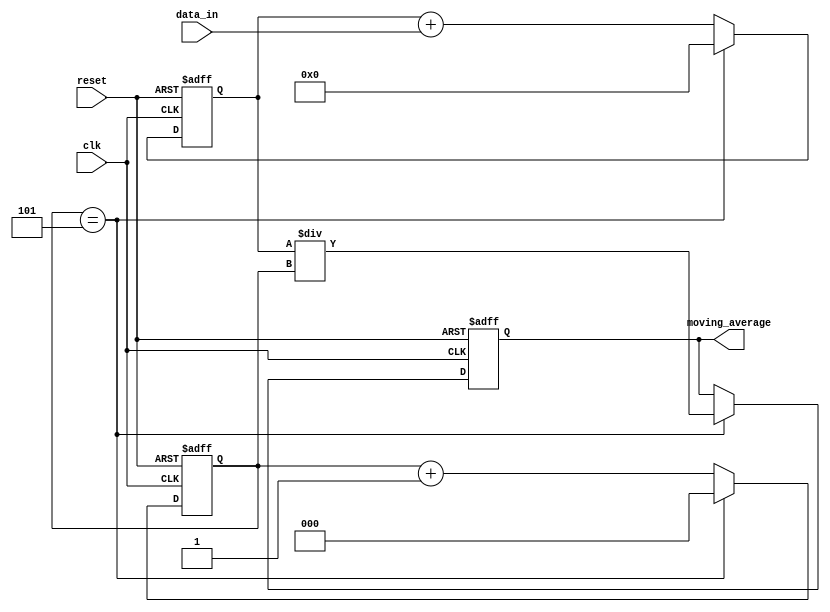
module moving_average_accumulator (
    input wire clk,         // Clock input
    input wire reset,       // Reset input
    input wire [7:0] data_in,   // Input data value
    output reg [15:0] moving_average   // Output moving average value
);

reg [7:0] sum = 0;      // Register to store sum of input values
reg [2:0] counter = 0;  // Counter to keep track of number of input values

always @(posedge clk or posedge reset) begin
    if (reset) begin
        sum <= 8'h00;    // Initialize sum to zero
        counter <= 3'd0; // Initialize counter to zero
        moving_average <= 16'h0000; // Initialize moving average to zero
    end else begin
        sum <= sum + data_in;   // Add input value to sum
        counter <= counter + 1; // Increment counter
        
        if (counter == 5) begin
            moving_average <= sum / counter; // Calculate moving average
            sum <= 8'h00;    // Reset sum to zero
            counter <= 3'd0; // Reset counter to zero
        end
    end
end

endmodule